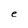
Character: e